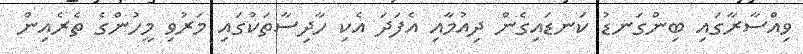
ވިއްސާރާގައި ބިންގަނޑު ކަނޑައިގެން ދިއުމާއި އެފަދަ އެކި ހާދިސާތަކުގައި މަރުވި މީހުންގެ ތެރެއިން